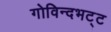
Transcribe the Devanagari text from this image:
गोविन्दभट्ट